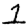
Digit: 1